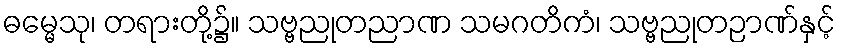
ဓမ္မေသု၊ တရားတို့၌။ သဗ္ဗညုတညာဏ သမဂတိကံ၊ သဗ္ဗညုတဉာဏ်နှင့်